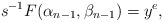
\begin{align*}s^{-1}F(\alpha_{n-1}, \beta_{n-1})=y^e,\end{align*}